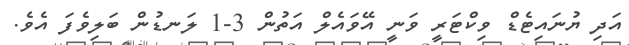
އަދި ޔުނައިޓެޑް ވިކްޓަރީ ވަނީ އޭވައެލް އަތުން 3-1 ލަނޑުން ބަލިވެފަ އެވެ.